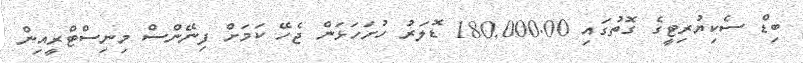
ބިޑް ސެކިޔުރިޓީގެ ގޮތުގައި 180